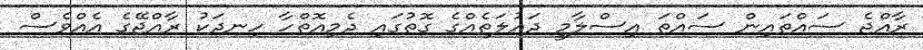
ރާއްޖެ ސައްތައިން ސައްތަ އިސްލާމީ ދައުލަތެއްގެ ގޮތުގައި ދެމިއޮތްހާ ހިނދަކު ރާއްޖޭގެ އެއްވެސް